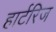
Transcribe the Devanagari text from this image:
हार्टरिज